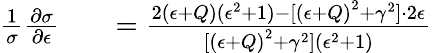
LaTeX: \begin{array}{rlr}{\frac{1}{\sigma}\frac{\partial\sigma}{\partial\epsilon}}&{{}}&{=\frac{2(\epsilon+Q)(\epsilon^{2}+1)-[{(\epsilon+Q)}^{2}+\gamma^{2}]\cdot 2\epsilon}{[{(\epsilon+Q)}^{2}+\gamma^{2}](\epsilon^{2}+1)}}\end{array}